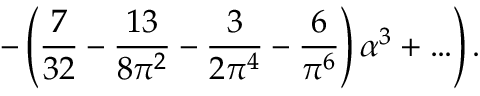
\left. - \left( { \frac { 7 } { 3 2 } } - { \frac { 1 3 } { 8 \pi ^ { 2 } } } - { \frac { 3 } { 2 \pi ^ { 4 } } } - { \frac { 6 } { \pi ^ { 6 } } } \right) \alpha ^ { 3 } + \ldots \right) .